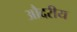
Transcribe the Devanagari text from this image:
औदरीय